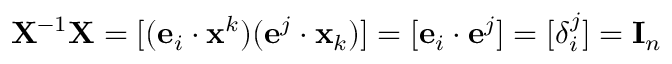
\mathbf { X } ^ { - 1 } \mathbf { X } = [ ( \mathbf { e } _ { i } \cdot \mathbf { x } ^ { k } ) ( \mathbf { e } ^ { j } \cdot \mathbf { x } _ { k } ) ] = [ \mathbf { e } _ { i } \cdot \mathbf { e } ^ { j } ] = [ \delta _ { i } ^ { j } ] = \mathbf { I } _ { n }